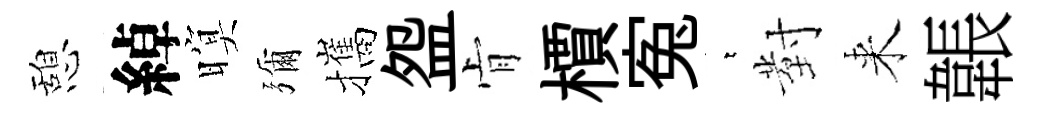
憩綽暝彌攜盌肻檟寃萋對来韔